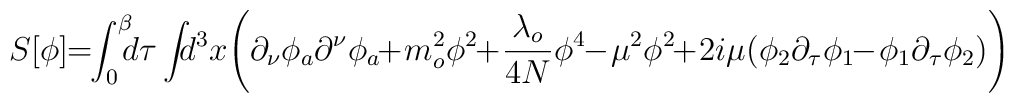
S[\phi]\!\!=\!\!\int_0^\beta\!\!\! d\tau\int\!\!\! d^3 x\!\left(\partial_{\nu}\phi_{a}\partial^{\nu}\phi_{a}\!\!+\!m^2_{o}\phi^2\!\!+\!\frac{\lambda_{o}}{4N}\phi^4\!\!-\!\mu^2\phi^2\!\!+\!2i\mu(\phi_{2}\partial_{\tau}\phi_{1}\!\!-\!\phi_{1}\partial_{\tau}\phi_{2})\right)